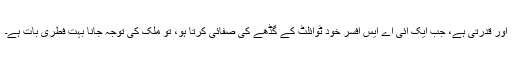
اور قدرتی ہے، جب ایک آئی اے ایس افسر خود ٹوائلٹ کے گڈھے کی صفائی کرتا ہو، تو ملک کی توجہ جانا بہت فطری بات ہے۔